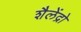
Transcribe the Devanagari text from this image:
शैलेंद्रो